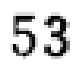
53